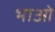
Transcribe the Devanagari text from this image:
भाओ